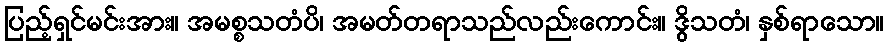
ပြည့်ရှင်မင်းအား။ အမစ္စသတံပိ၊ အမတ်တရာသည်လည်းကောင်း။ ဒွိသတံ၊ နှစ်ရာသော။